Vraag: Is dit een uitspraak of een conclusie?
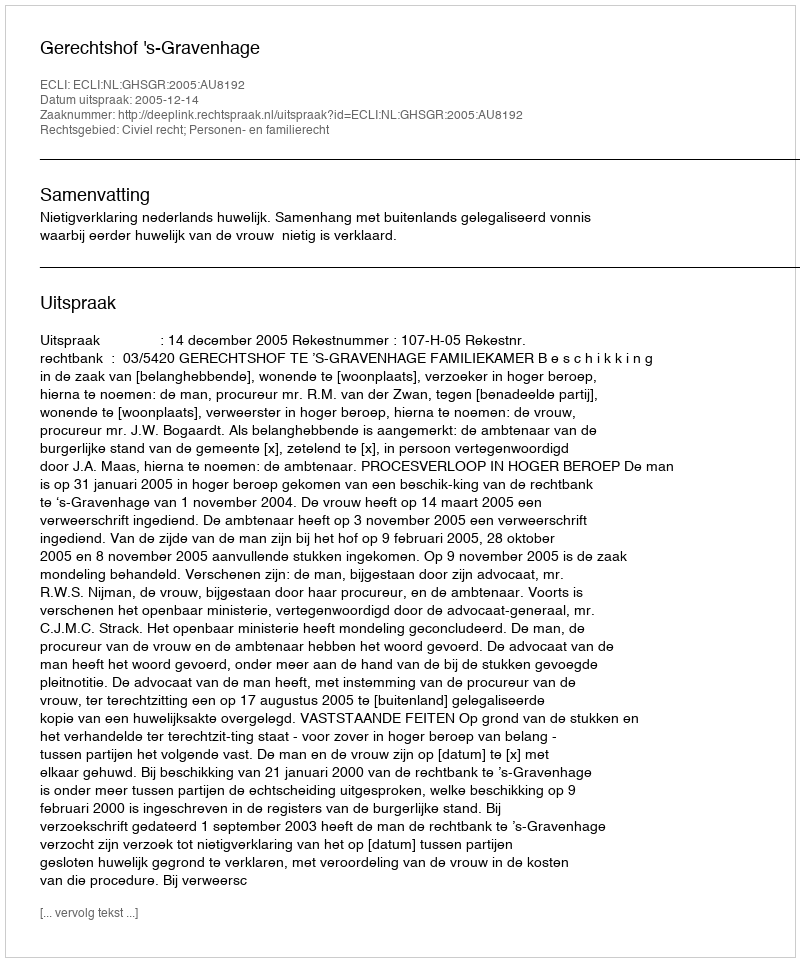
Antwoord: Uitspraak